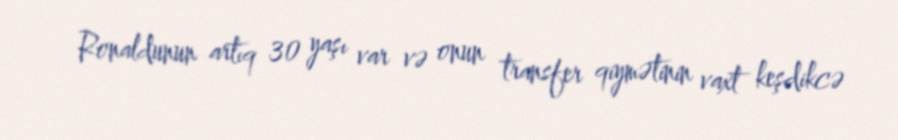
Ronaldunun artıq 30 yaşı var və onun transfer qiymətinin vaxt keşdikcə